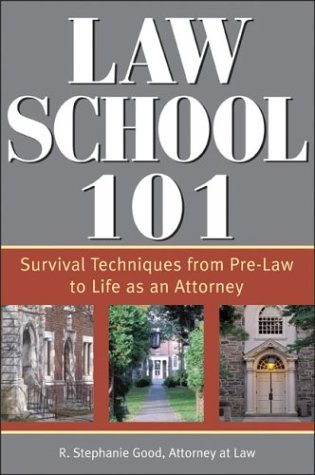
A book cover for Law School 101: Survival Techniques from Pre-Law to Life as an Attorney (Law School 101: How to Succeed in Your First Year of Law); R. Stephanie Good; Education & Teaching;